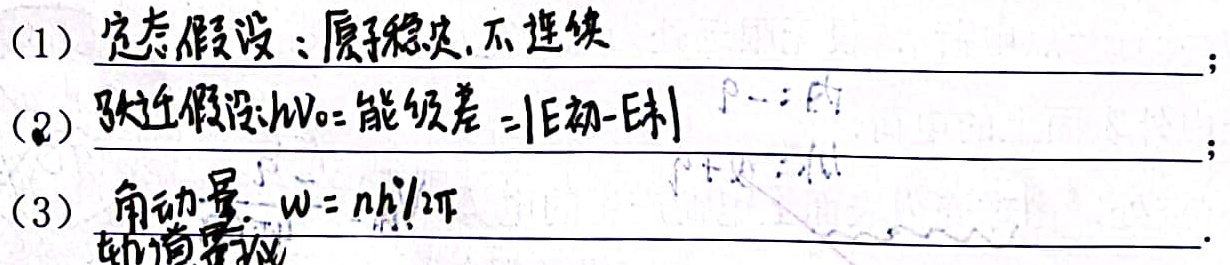
(1) 定态假设：原子稳定，不连续  ；(2) 跃迁假设：\(h\nu_0=\text{能级差}=|E_{初} - E_{末}|\)  ；(3) 角动量：\(L = n\hbar/(2\pi)\)  。